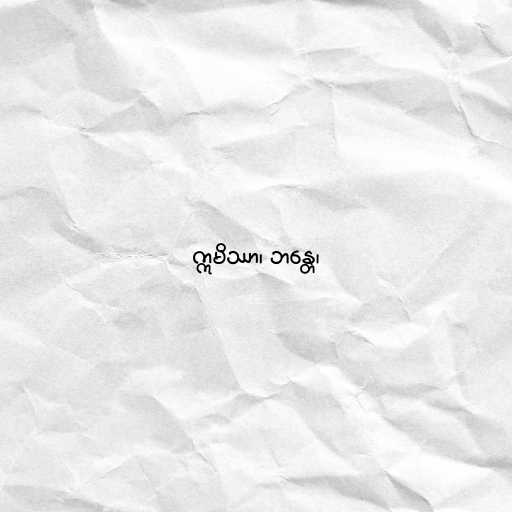
ဣမိဿာ၊ ဘန္တေ၊